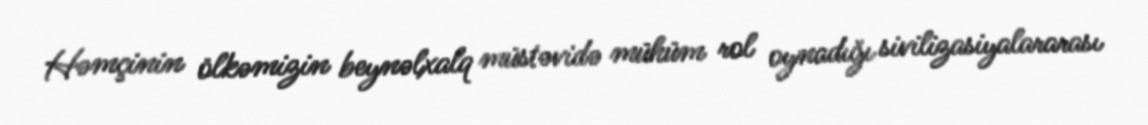
Həmçinin ölkəmizin beynəlxalq müstəvidə mühüm rol oynadığı sivilizasiyalararası